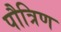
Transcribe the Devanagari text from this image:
पौत्रिण